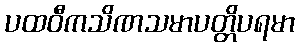
ပထဝီကသိဏသမာပတ္တိပရမာ